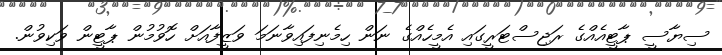
ސިޔާސީ ޕާޓީއެއްގެ ރަޖިސްޓަރީގައި އެމީހެއްގެ ނަން ހިމެނިފައިވާނަމަ ވަޒީފާއަށް ހޮވުމުން ޕާޓީން ވަކިވުން.